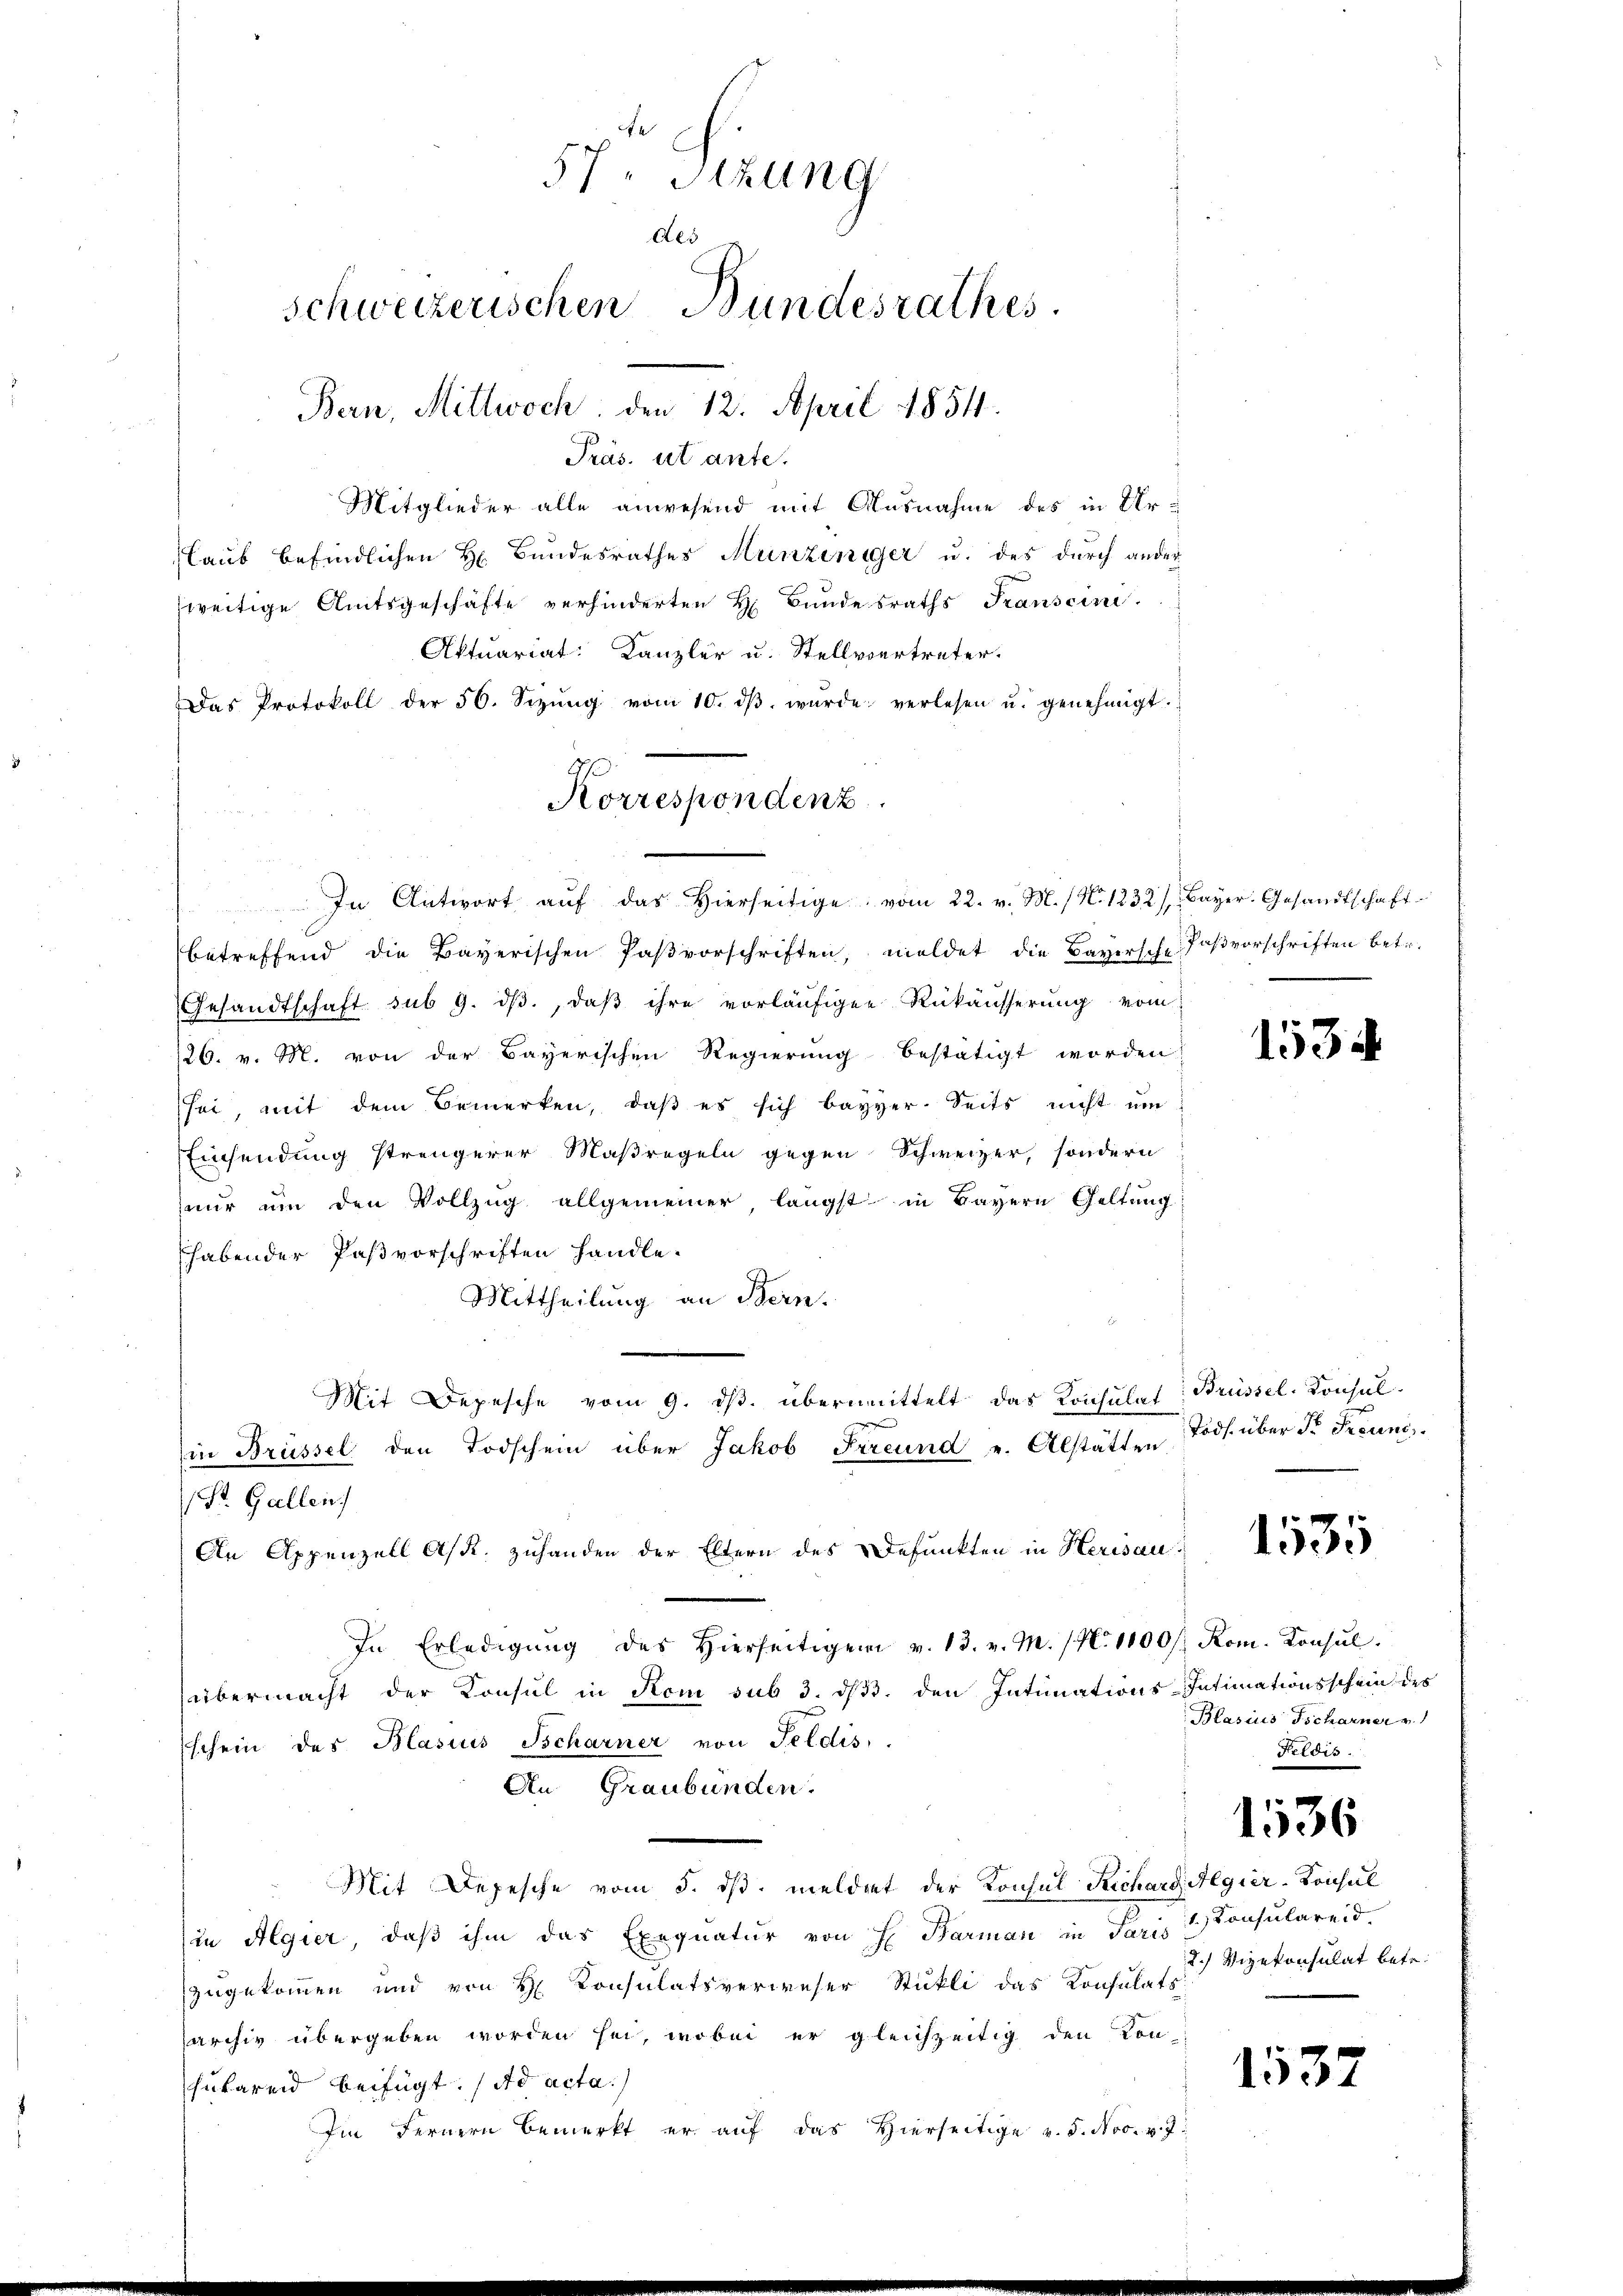
Aktuariat: Kanzler u. Stellvertreter.
Das Protokoll der 56. Sizŭng vom 10. dβ wŭrde verlesen u. genehmigt.

57. Sitzung
des
schweizerischen Bundesrathes.
Bern, Mittwoch, den 12. April 1854.
Präs. ut ante.
Mitglieder alle anwesend mit Ausnahme des in Urlaub befindlichen H. Bundesrathes Munziniger u. des durch ander
weitige Amtsgeschäfte verhinderten H. Bundesraths Transcini

Korrespondenz

In Antwort aŭf das hierseitige vom 22. v. M. / No. 1232/ Bayer. Gesandtschaft.
betreffend die Bayerischen Pasvorschriften, meldet die Bayersche Faßvorschriften betr.
Gesandtschaft sub 9. dβ, daβ ihre vorläufigen Rükäusserung vom
126. v. M. von der Bayerischen Regierung bestätigt worden.
sei, mit dem Bemerken, daβ es sich bayer. Seits nicht ŭm
Einsendung strengerer Maßregeln gegen Schweizer, sondern
nur um den Vollzug allgemeiner längst in Bayern Geltung
habender Paßvorschriften handle.
Mittheilung an Bern.
Mit Depesche vom 9. dβ. übermittelt das Konsulat Brüssel-Konsulin Brüssel den Todschein über Jakob Freund u. Alstätten
St. Gallen
An Appenzell As. zuhanden der Eltern des Defunkten in Herisau
In Erledigŭng des hierseitigen v. 13. v. M. (N. 1100/ Rom. Konsŭl.
übermacht der Konsul in Rom sub 3. d. den Intimations-Intimationsschein des
schein des Blasius Scharner von Feldis.
An Graubünden.
Mit Depesche vom 5. ds. meldet der Konsul Richard Algier-Konsul
(in Algier, daß ihm das Exequatur von H. Barman in Saris Konsulareid
zugekommen und von H. Konsulatsverweser Stükli das Konsulats:
sarchiv übergeben worden sei, wobei er gleichzeitig den Konhubereid beifügt: (ad acta.
Im Fernern bemerkt er aŭf das hierseitige v. 5. Nov. v. 7.

153.

Töds. über Dr. Freunds

1535

Blasius Tscharner v.
Feldis.

1536

2. Vizekonsulat betr.

1532